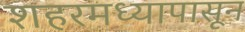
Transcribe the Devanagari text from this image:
शहरमध्यापासून